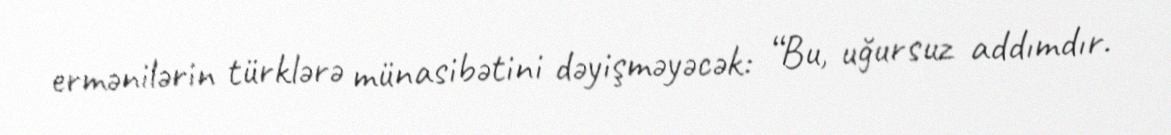
ermənilərin türklərə münasibətini dəyişməyəcək: “Bu, uğursuz addımdır.